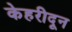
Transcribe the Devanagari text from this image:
केहरीदून